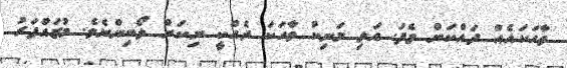
ވާހަކައެއް ދައްކަން ވެފަ. އަލި މަނިކު ވާހަކަ ދެއްކީ ނިކަން ލޯބިންނެވެ. މުޒައްފަރު